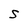
Character: S